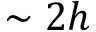
\sim 2 h